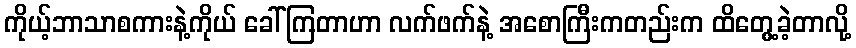
ကိုယ့်ဘာသာစကားနဲ့ကိုယ် ခေါ်ကြတာဟာ လက်ဖက်နဲ့ အစောကြီးကတည်းက ထိတွေ့ခဲ့တာလို့